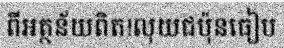
ពីអត្ថន័យពិត!លុយជប៉ុនធៀប